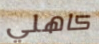
كاهلي